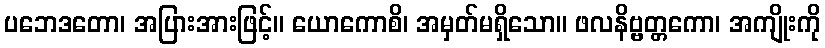
ပဘေဒတော၊ အပြားအားဖြင့်။ ယောကောစိ၊ အမှတ်မရှိသော။ ဖလနိဗ္ဗတ္တကော၊ အကျိုးကို